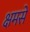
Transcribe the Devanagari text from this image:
क्षमसे